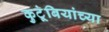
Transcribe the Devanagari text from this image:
कुटूंबियांच्या